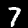
Label: 7